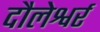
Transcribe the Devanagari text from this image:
दौलेश्वर्र